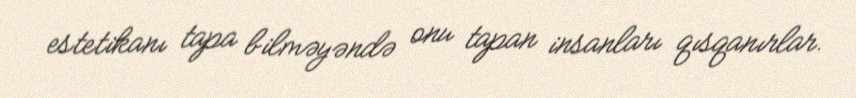
estetikanı tapa bilməyəndə onu tapan insanları qısqanırlar.